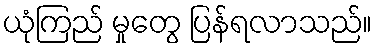
ယုံကြည် မှုတွေ ပြန်ရလာသည်။